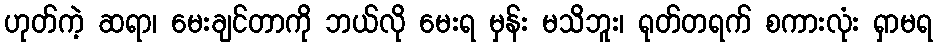
ဟုတ်ကဲ့ ဆရာ၊ မေးချင်တာကို ဘယ်လို မေးရ မှန်း မသိဘူး၊ ရုတ်တရက် စကားလုံး ရှာမရ